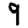
Digit: 9